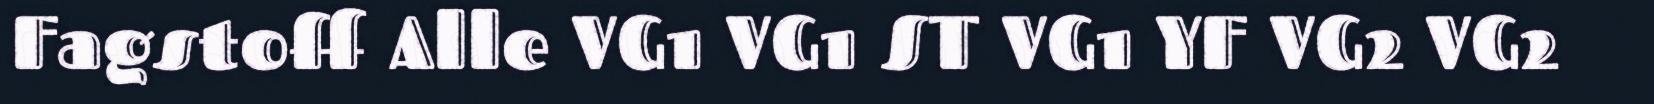
Fagstoff Alle VG1 VG1 ST VG1 YF VG2 VG2